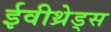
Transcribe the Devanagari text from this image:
ईवीथ्रेड्स